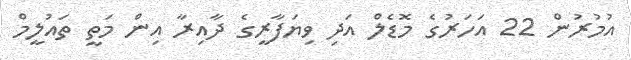
އުމުރުން 22 އަހަރުގެ މޮޑެލް އަދި ވިޔަފާރީގެ ދާއިރާ އިން މަތީ ތައުލީމް